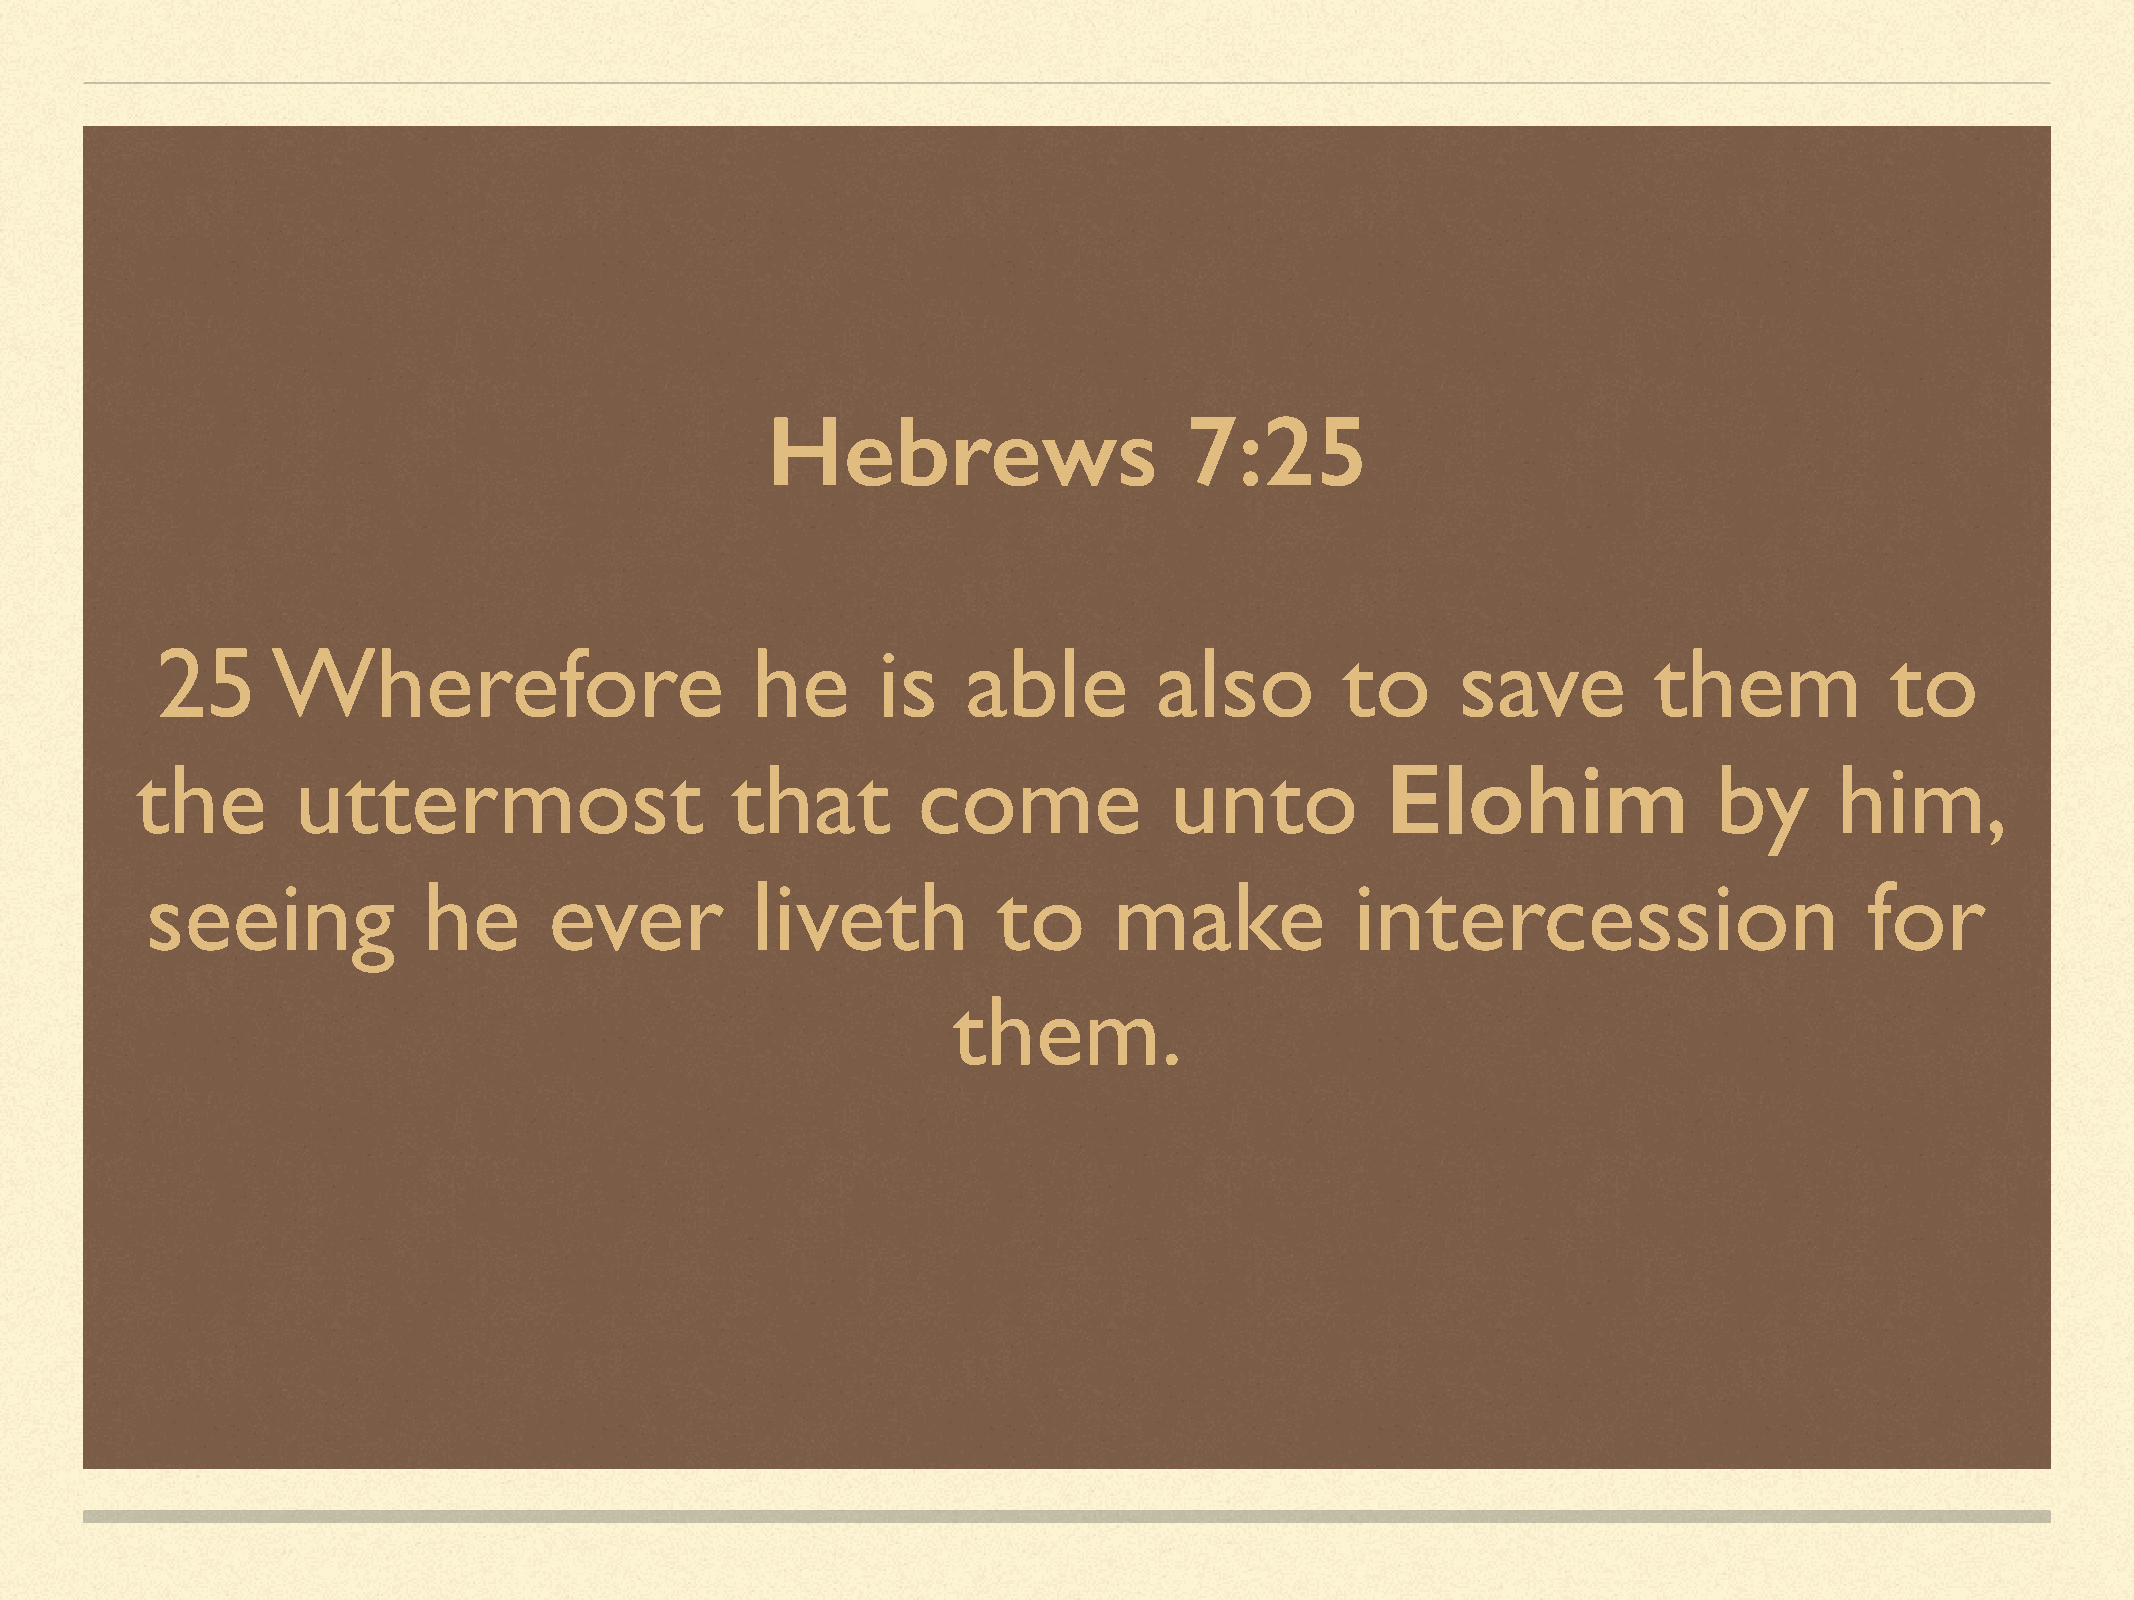
Hebrews                    7:25
 25      Wherefore                       he      is    able         also        to      save        them            to
 the       uttermost                    that         come            unto           Elohim                by      him,
 seeing            he      ever          liveth          to      make            intercession                      for
 them.